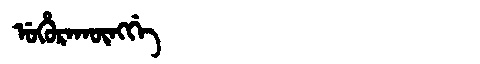
Manchu: ᡠᡥᡠᡵᠠᡴᡡᠩᡤᡝ
Romanization: UHURAKŪNGGE